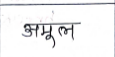
मजकूर: अमूल